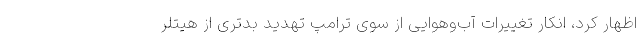
اظهار کرد، انکار تغییرات آب‌وهوایی از سوی ترامپ تهدید بدتری از هیتلر